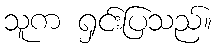
သူက ရှင်းပြသည်။